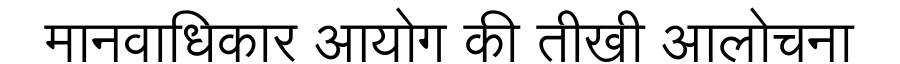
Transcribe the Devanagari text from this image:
मानवाधिकार आयोग की तीखी आलोचना